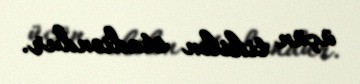
üçün tikilən stadiondur.